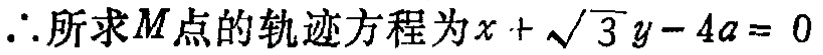
\(\therefore\)所求\(M\)点的轨迹方程为\(x + \sqrt{3}y - 4a = 0\)